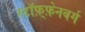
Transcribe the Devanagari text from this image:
स्टॉफ़्फ़ेनबर्ग